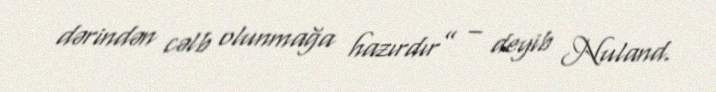
dərindən cəlb olunmağa hazırdır” – deyib Nuland.